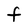
Character: F